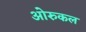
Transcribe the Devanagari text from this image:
ओरुकल